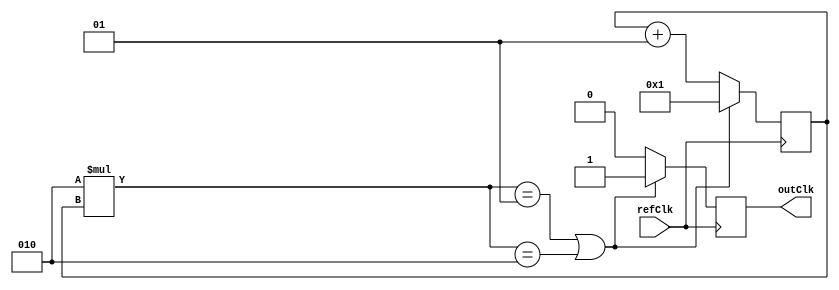
module slowClk #(
	parameter divideBy = 1
)(
	input refClk,
	output reg outClk = 0
);

integer count = 1;

always @(posedge refClk)
begin
	
	if(2 * count == divideBy || 2 * count == divideBy + 1) 
	begin
		count <= 1;
		outClk <= 1;
	end
	else begin count <= count + 1;
		outClk <= 0; end
	
end

endmodule